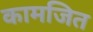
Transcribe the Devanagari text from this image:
कामजित